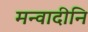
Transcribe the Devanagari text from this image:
मन्वादीनि